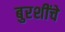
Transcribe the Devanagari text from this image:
बुरशींचे